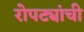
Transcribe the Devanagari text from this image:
रोपट्यांची